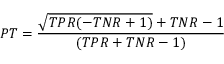
P T = { \frac { { \sqrt { T P R ( - T N R + 1 ) } } + T N R - 1 } { ( T P R + T N R - 1 ) } }